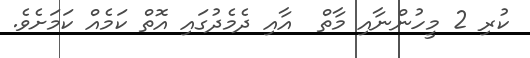
ކުރި 2 މީހުންނާއި މާތް  އާއި ދެމެދުގައި އޮތް ކަމެއް ކަމަށެވެ.